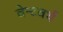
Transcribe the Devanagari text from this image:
वेन्टवर्थ